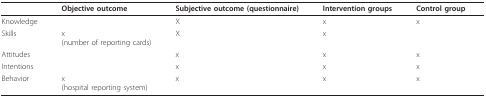
<table><thead><tr><td></td><td><b>Objective outcome</b></td><td><b>Subjective outcome (questionnaire)</b></td><td><b>Intervention groups</b></td><td><b>Control group</b></td></tr></thead><tbody><tr><td>Knowledge</td><td></td><td>X</td><td>x</td><td>x</td></tr><tr><td>Skills</td><td>x(number of reporting cards)</td><td>X</td><td>x</td><td></td></tr><tr><td>Attitudes</td><td></td><td>x</td><td>x</td><td>x</td></tr><tr><td>Intentions</td><td></td><td>x</td><td>x</td><td>x</td></tr><tr><td>Behavior</td><td>x(hospital reporting system)</td><td>x</td><td>x</td><td>x</td></tr></tbody></table>